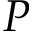
P